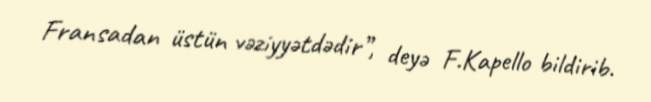
Fransadan üstün vəziyyətdədir”, deyə F.Kapello bildirib.